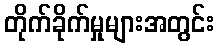
တိုက်ခိုက်မှုများအတွင်း